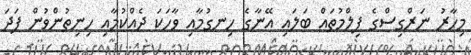
މިހާރު ނަރްގިސްގެ ފިލްމުތައް ބަލައި އޭނާގެ ހިނގުމާއި ވާހަކަ ދެއްކުމާއި ހިނިތުންވުން ފަދަ